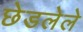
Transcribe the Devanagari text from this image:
छेडलेले